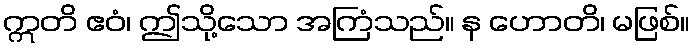
ဣတိ ဧဝံ၊ ဤသို့သော အကြံသည်။ န ဟောတိ၊ မဖြစ်။